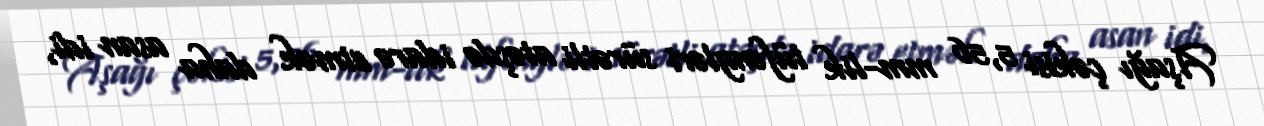
Aşağı çəkisi 5,56 mm-lik tüfəngləri sürətli atəşdə idarə etmək daha asan idi,